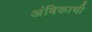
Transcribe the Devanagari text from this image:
अंबिकाची